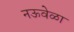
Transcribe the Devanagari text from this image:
नऊवेळा